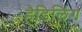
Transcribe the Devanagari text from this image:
हैडिलिंग